Annual report of the Central Committee of the Association together with the report of the directors of the Pasteur Institute at Kasauli
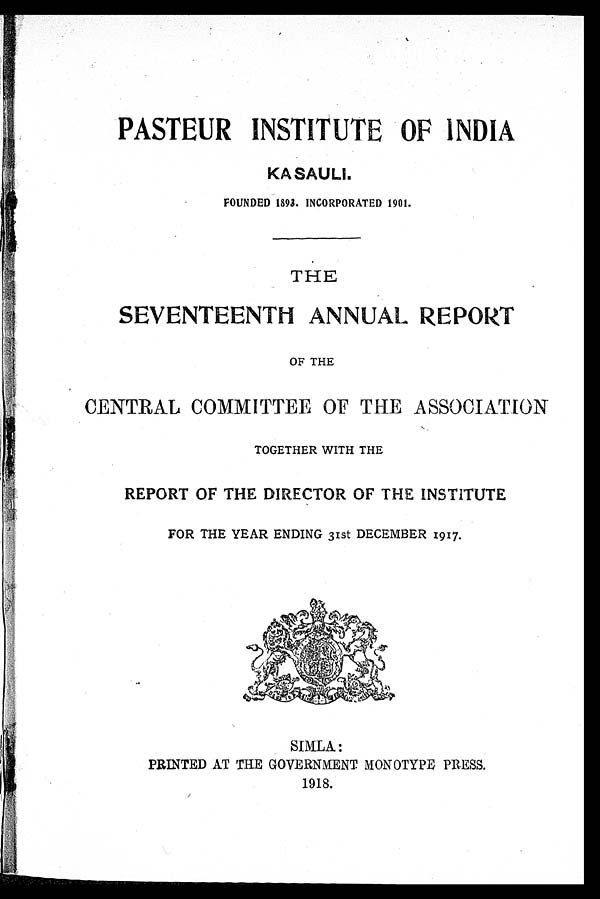
PASTEUR INSTITUTE OF INDIA
KASAULI.
FOUNDED 1893. INCORPORATED 1901.
THE
SEVENTEENTH ANNUAL REPORT
OF THE
CENTRAL COMMITTEE OF THE ASSOCIATION
TOGETHER WITH THE
REPORT OF THE DIRECTOR OF THE INSTITUTE
FOR THE YEAR ENDING 31st DECEMBER 1917.
PRINTED AT THE GOVERNMENT MONOTYPE PRESS.
1918.